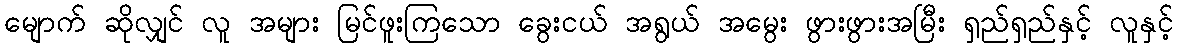
မျောက် ဆိုလျှင် လူ အများ မြင်ဖူးကြသော ခွေးငယ် အရွယ် အမွေး ဖွားဖွားအမြီး ရှည်ရှည်နှင့် လူနှင့်